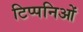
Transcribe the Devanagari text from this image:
टिप्पनिओं